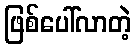
ဖြစ်ပေါ်လာတဲ့